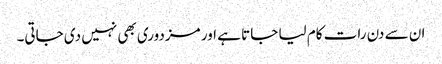
ان سے دن رات کام لیا جاتا ہے اور مزدوری بھی نہیں دی جاتی۔